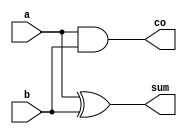
`timescale 1ns / 1ps
//////////////////////////////////////////////////////////////////////////////////
// Company: 
// Engineer: 
// 
// Design Name: 
// Module Name:    half_adder 
// Project Name: 
// Target Devices: 
// Tool versions: 
// Description: 
//
// Dependencies: 
//
// Revision: 
// Revision 0.01 - File Created
// Additional Comments: 
//
//////////////////////////////////////////////////////////////////////////////////
module half_adder(
input a,b,
output sum, 
output co
);
	
	assign sum = a^b;
	assign co = a&b;

endmodule